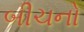
બીચનો